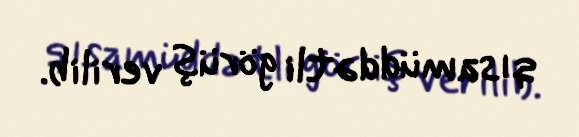
qısamüddətli görüş verilib.